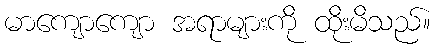
မာကျောကျော အရာများကို ထိုးမိသည်။